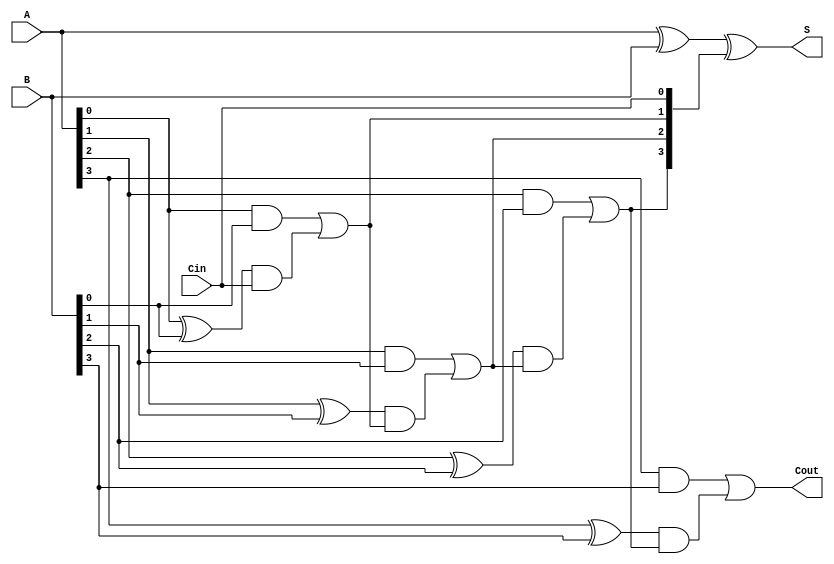
module CarryLookAheadAdder(
  input [3:0]A, B, 
  input Cin,
  output [3:0] S,
  output Cout
);
  wire [3:0] Ci; 
  
  assign Ci[0] = Cin;
  
  assign Ci[1] = (A[0] & B[0]) | ((A[0]^B[0]) & Ci[0]);
  
  assign Ci[2] = (A[1] & B[1]) | ((A[1]^B[1]) & ((A[0] & B[0]) | ((A[0]^B[0]) & Ci[0])));
  
  assign Ci[3] = (A[2] & B[2]) | ((A[2]^B[2]) & ((A[1] & B[1]) | ((A[1]^B[1]) & ((A[0] & B[0]) | ((A[0]^B[0]) & Ci[0])))));
 
  assign Cout  = (A[3] & B[3]) | ((A[3]^B[3]) & ((A[2] & B[2]) | ((A[2]^B[2]) & ((A[1] & B[1]) | ((A[1]^B[1]) & ((A[0] & B[0]) | ((A[0]^B[0]) & Ci[0])))))));

  assign S = A^B^Ci;
endmodule